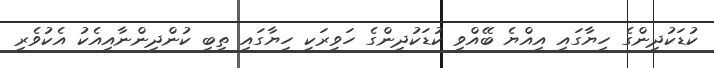
ކުޑަކުދިންގެ ހިޔާގައި އިއްޔެ ބޭއްވި ކުޑަކުދިންގެ ހަވީރަކީ ހިޔާގައި ތިބި ކުންދިންނާއިއެކު އެކުވެރި